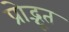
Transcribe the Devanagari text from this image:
प्रोद्भूत